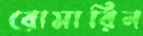
রোমারিন